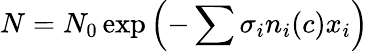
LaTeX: N=N_{0}\exp\left(-\sum\sigma_{i}n_{i}(c)x_{i}\right)